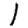
Digit: 1